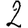
Digit: 2